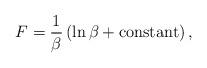
LaTeX: \begin{align*}F=\frac1\beta\left(\ln\beta+ \mbox{constant}\right),\end{align*}